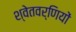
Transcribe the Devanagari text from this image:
श्वेतवर्णियों